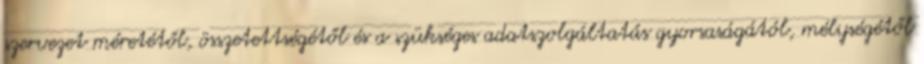
szervezet méretétől, összetettségétől és a szükséges adatszolgáltatás gyorsaságától, mélységétől